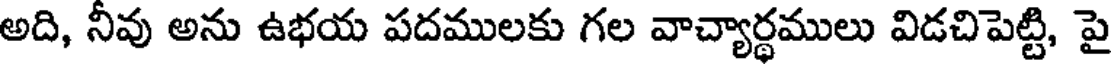
అది, నీవు అను ఉభయ పదములకు గల వాచ్యార్థములు విడచిపెట్టి, పై